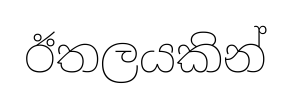
ඊතලයකින්